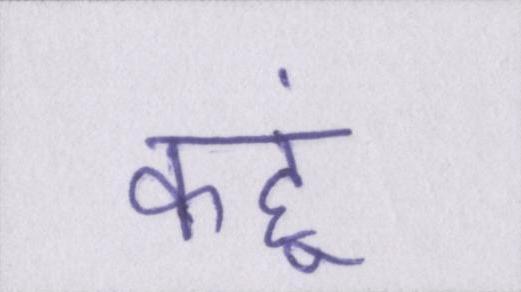
कहूं